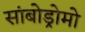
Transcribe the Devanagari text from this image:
सांबोड्रोमो